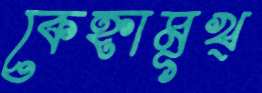
কেহ্নামূখ্